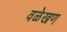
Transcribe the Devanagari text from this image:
वळेखण